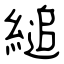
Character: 縋